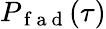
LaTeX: P_{\mathrm{~f~a~d~}}(\tau)